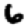
Digit: 6